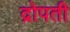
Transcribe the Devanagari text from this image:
द्रोपती